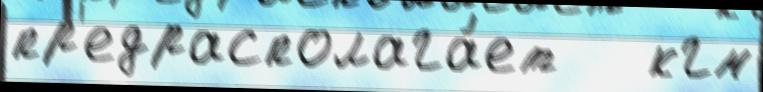
пр'едрасполага́ет   кгм